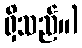
ရှိသည်။)